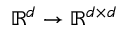
\mathbb { R } ^ { d } \rightarrow \mathbb { R } ^ { d \times d }